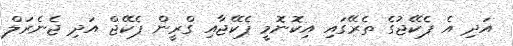
އަދި އެ ޕެކޭޖުގެ ތެރޭގައި އިކޮނޮމީ ޕެކޭޖާއި ގްރީން ޕެކޭޖް އަދި ޖެނެރަލް